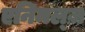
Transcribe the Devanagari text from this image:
एनिमल्ज़